Madras plague regulations and rules - Volume 2
Disease focus: Plague
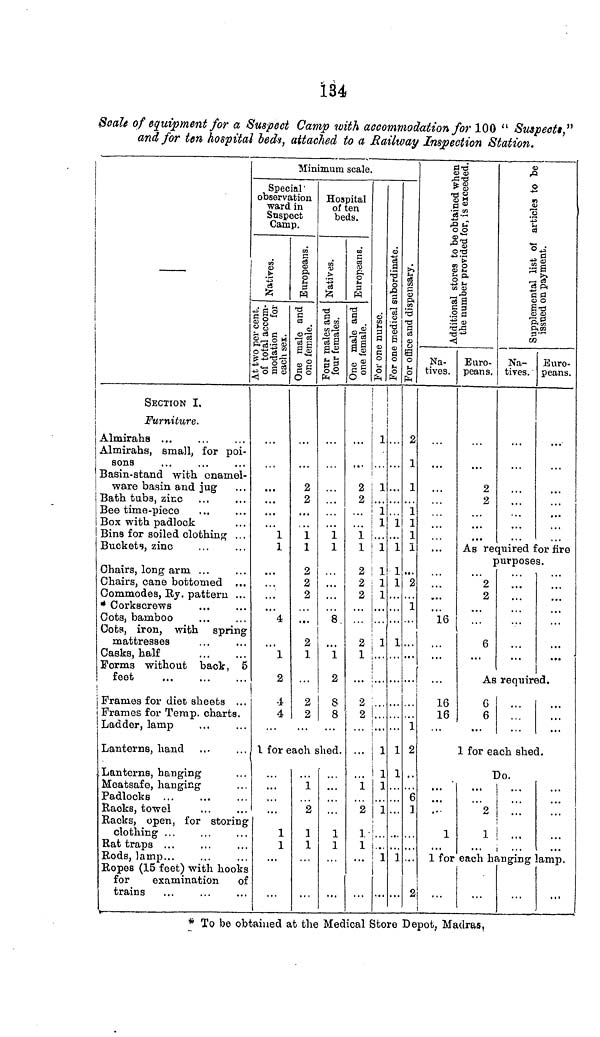
134
Scale of equipment for a Suspect Camp with accommodation for 100 " Suspects,"
and for ten hospital beds, attached to a Railway Inspection Station.
SECTION I.
i
Furniture.
Almirahs
Almirahs, small, for poi-
sons
Basin-stand with enamel-
ware basin and jug
Bath tuba, zinc
Bee time-piece
Box with padlock
Bins for soiled clothing . . .
Buckets, zinc
Chairs, long arm ...
Chairs, cane bottomed ...
Commodes, Ry. pattern ...
* Corkscrews
Cots, bamboo
Cots, iron, with spring
mattresses
Casks, half
Forms without back, 5
feet
Frames for diet sheets ...
Frames for Temp, charts.
! Ladder, lamp
Lanterns, hand
Lanterns, hanging
Meatsafe, hanging
Padlocks ...
Racks, towel
Racks, open, for storing
clothing ...
Rat traps ...
Bods, lamp...
Ropes (15 feet) with hooks
for
examination of
trains
Minimum scale.
Special
observation
ward in
Suspect
Camp.
Natives.
...
1
1
4
1
2
1
4
2
2
1
1
2
2
2
...
2
1
2
2
Hospital
of ten
beds.
Natives.
1
1
...
8.
1
2
8
8
1 for each shed.
1
1
1
2
1
1
1
1
...
2
2
1
1
2
2
2
2
1
2
2
1
2
1
1
1
1 1
1
i
...
1
1
1 1
i 1
1
!
1
1
1
1
1
1
1
i
i
1
i
1
1
1
..
2
1
1
1
i
1
i
2
\
1
2
6
2
Additional stores
Na-
tives.
...
...
16
16
16
Euro-
peans.
2
2
Na-
tives.
...
Euro-
peans.
...
As required for fire
purposes.
2
2
6
...
...
...
As required.
6
6
...
...
1 for each shed.
Do.
1
2
1
1 for each hanging lamp.
* To be obtained at the Medical Store Depot, Madras,